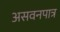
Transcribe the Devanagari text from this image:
असवनपात्र